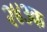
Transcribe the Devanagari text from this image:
२४३क